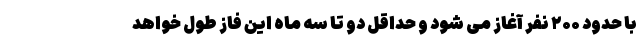
با حدود ۲۰۰ نفر آغاز می شود و حداقل دو تا سه ماه این فاز طول خواهد